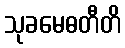
သုခမေဓတီတိ